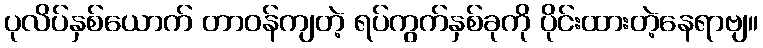
ပုလိပ်နှစ်ယောက် တာဝန်ကျတဲ့ ရပ်ကွက်နှစ်ခုကို ပိုင်းထားတဲ့နေရာဗျ။